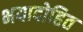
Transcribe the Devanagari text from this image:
भयादोहित